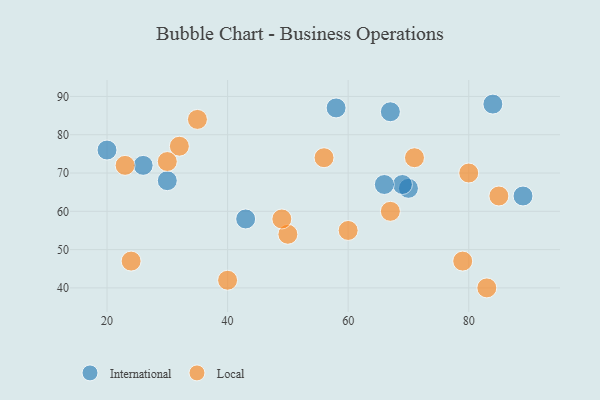
{"axis": {"x": "GDP", "y": "Life Expectancy"}, "legend": ["International", "Local"], "data": [{"x": "43", "y": 58, "type": "International"}, {"x": "89", "y": 64, "type": "International"}, {"x": "30", "y": 68, "type": "International"}, {"x": "26", "y": 72, "type": "International"}, {"x": "58", "y": 87, "type": "International"}, {"x": "20", "y": 76, "type": "International"}, {"x": "84", "y": 88, "type": "International"}, {"x": "70", "y": 66, "type": "International"}, {"x": "69", "y": 67, "type": "International"}, {"x": "67", "y": 86, "type": "International"}, {"x": "66", "y": 67, "type": "International"}, {"x": "35", "y": 84, "type": "Local"}, {"x": "50", "y": 54, "type": "Local"}, {"x": "85", "y": 64, "type": "Local"}, {"x": "80", "y": 70, "type": "Local"}, {"x": "56", "y": 74, "type": "Local"}, {"x": "40", "y": 42, "type": "Local"}, {"x": "60", "y": 55, "type": "Local"}, {"x": "24", "y": 47, "type": "Local"}, {"x": "32", "y": 77, "type": "Local"}, {"x": "49", "y": 58, "type": "Local"}, {"x": "79", "y": 47, "type": "Local"}, {"x": "30", "y": 73, "type": "Local"}, {"x": "83", "y": 40, "type": "Local"}, {"x": "71", "y": 74, "type": "Local"}, {"x": "67", "y": 60, "type": "Local"}, {"x": "23", "y": 72, "type": "Local"}]}